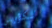
الكؤوس